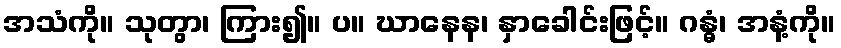
အသံကို။ သုတွာ၊ ကြား၍။ ပ။ ဃာနေန၊ နှာခေါင်းဖြင့်။ ဂန္ဓံ၊ အနံ့ကို။